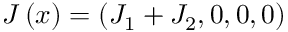
J \left( x \right) = \left( J _ { 1 } + J _ { 2 } , 0 , 0 , 0 \right)